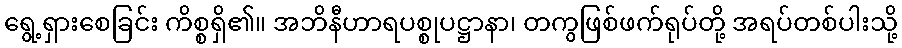
ရွေ့ရှားစေခြင်း ကိစ္စရှိ၏။ အဘိနီဟာရပစ္စုပဋ္ဌာနာ၊ တကွဖြစ်ဖက်ရုပ်တို့ အရပ်တစ်ပါးသို့